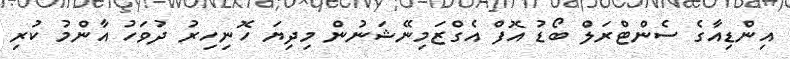
އިންޑިއާގެ ސެންޓްރަލް ބޯޑު އޮފް އެގްޒަމިނޭޝަނުން މިދިޔަ ހޮނިހިރު ދުވަހު އާންމު ކުރި